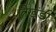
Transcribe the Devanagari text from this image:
त्रिखंडी